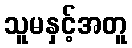
သူမနှင့်အတူ